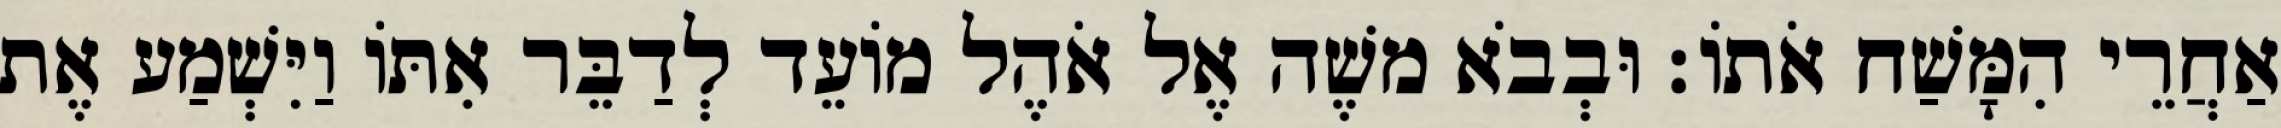
אַחֲרֵי הִמָּשַׁח אֹתוֹ׃ וּבְבֹא משֶׁה אֶל אֹהֶל מוֹעֵד לְדַבֵּר אִתּוֹ וַיִּשְׁמַע אֶת